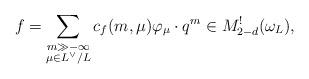
LaTeX: \begin{align*}f = \sum _{ \substack{ m \gg -\infty \\ \mu \in L^\vee / L } } c_f(m,\mu) \varphi_\mu \cdot q^m \in M^!_{2-d}(\omega_L) ,\end{align*}